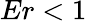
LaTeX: Er<1